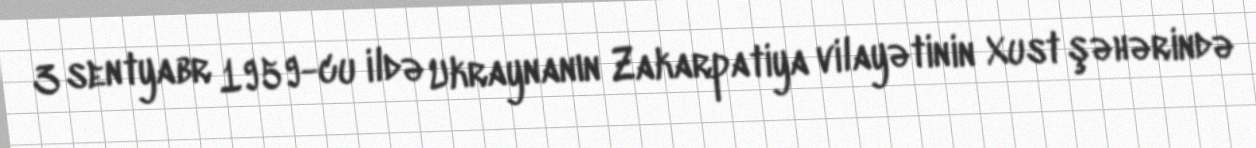
3 sentyabr 1959-cu ildə Ukraynanın Zakarpatiya vilayətinin Xust şəhərində